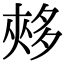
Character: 𡖳